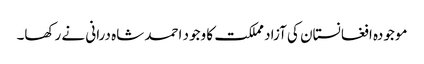
موجودہ افغانستان کی آزاد مملکت کا وجود احمد شاہ درانی نے رکھا۔